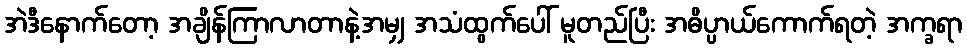
အဲဒီနောက်တော့ အချိန်ကြာလာတာနဲ့အမျှ အသံထွက်ပေါ် မူတည်ပြီး အဓိပ္ပာယ်ကောက်ရတဲ့ အက္ခရာ